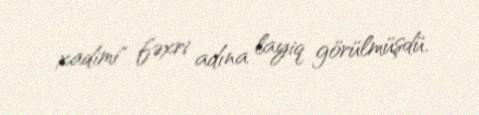
xadimi" fəxri adına layiq görülmüşdü.